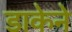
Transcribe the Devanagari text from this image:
डाकेने